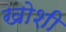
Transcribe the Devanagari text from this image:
खोशी